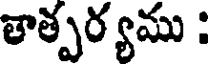
తాత్పర్యము :